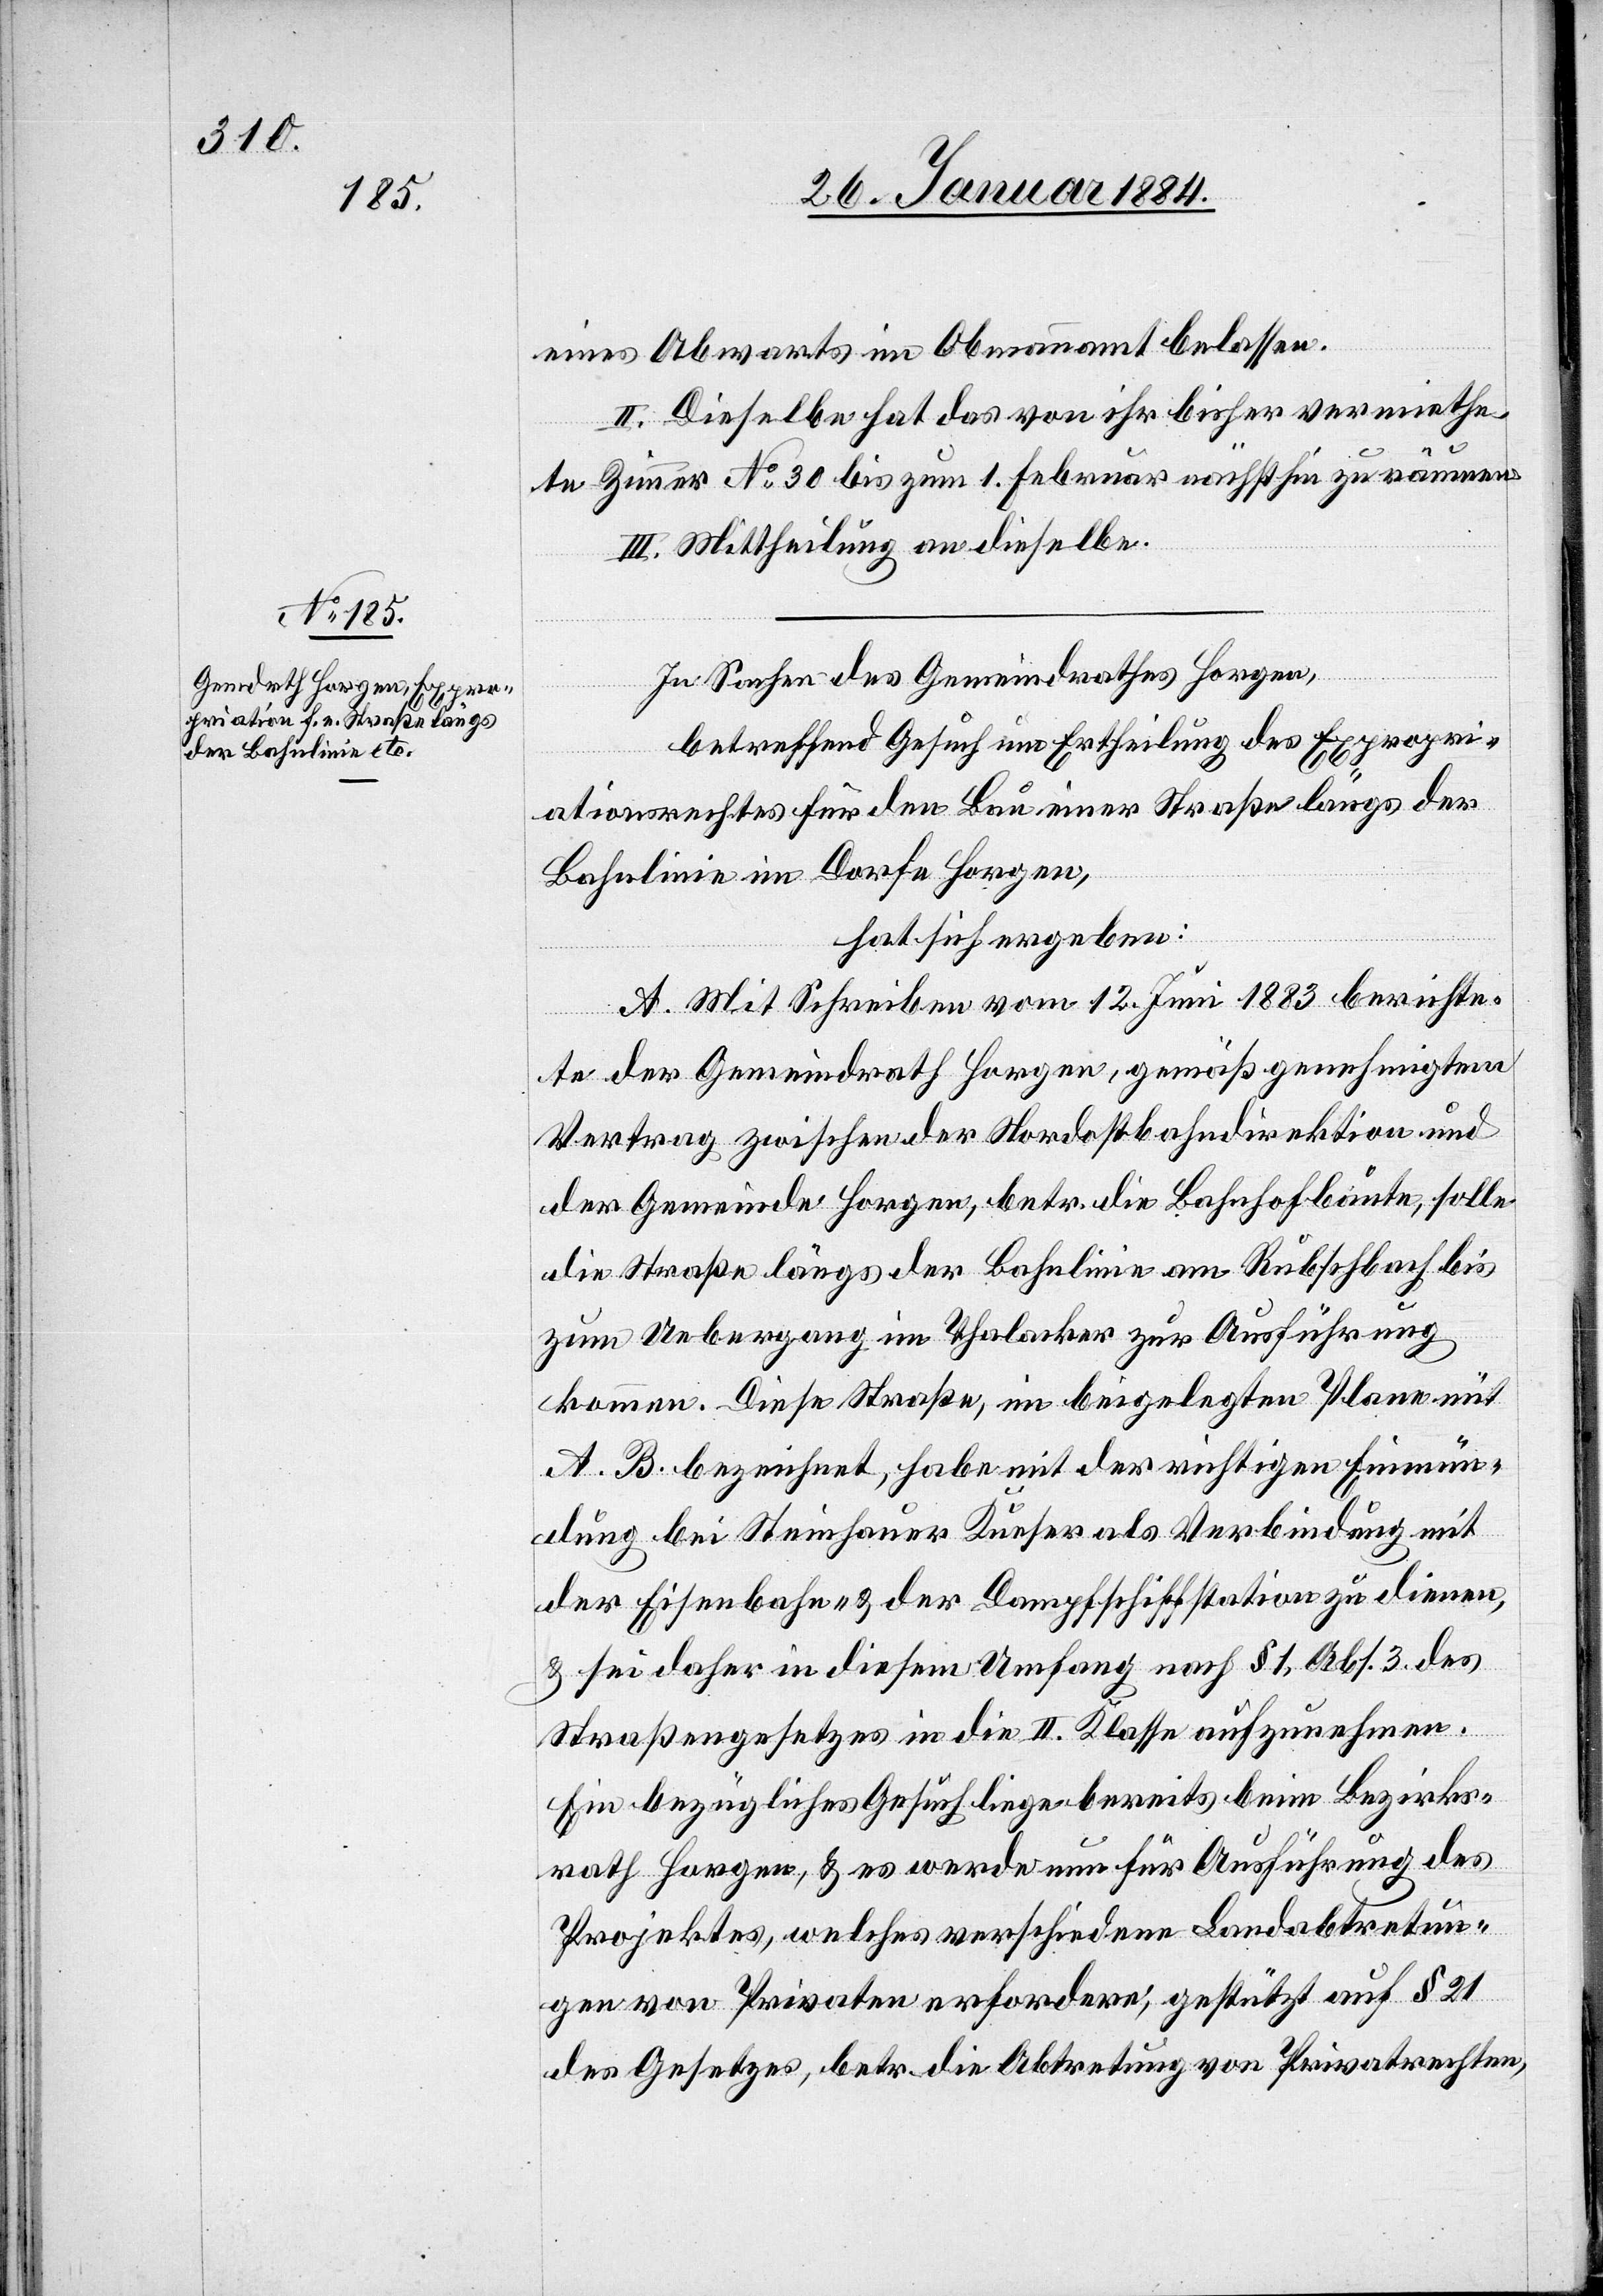
eines Abwartes im Obmannamt belassen.
II. Dieselbe hat das von ihr bisher vermiethe¬
te Zimmer No 30 bis zum 1. Februar nächsthin zu räumen.
III. Mittheilung an dieselbe.
In Sachen des Gemeindrathes Horgen,
betreffend Gesuch um Ertheilung des Expropri¬
ationsrechtes für den Bau einer Straße längs der
Bahnlinie im Dorfe Horgen,
hat sich ergeben:
A. Mit Schreiben vom 12. Juni 1883 berichte¬
te der Gemeindrath Horgen, gemäß genehmigten
Vertrag zwischen der Nordostbahndirektion und
der Gemeinde Horgen, betr. die Bahnhofbaute, solle
die Straße längs der Bahnlinie am Rubschbach bis
zum Uebergang im Thalacker zur Ausführung
kommen. Diese Straße, im beigelegten Plane mit
A. B. bezeichnet, habe mit der richtigen Einmün¬
dung bei Steinhauer Kunser als Verbindung mit
der Eisenbahn- & der Dampfschiffstation zu dienen,
es sei daher in diesem Umfang nach § 1, Abs. 3 des
Straßengesetzes in die II. Klasse aufzunehmen.
Ein bezügliches Gesuch liege bereits beim Bezirks¬
rath Horgen, & es werde nun für Ausführung des
Projektes, welches verschiedene Landabtretun¬
gen von Privaten erfordere, gestützt auf § 21
des Gesetzes, betr. die Abtretung von Privatrechten,